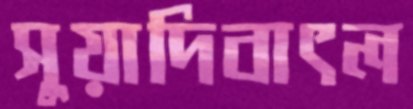
সুয়াদিবাৎল